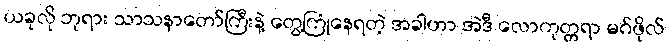
ယခုလို ဘုရား သာသနာတော်ကြီးနဲ့ တွေ့ကြုံနေရတဲ့ အခါဟာ အဲဒီ လောကုတ္တရာ မဂ်ဖိုလ်